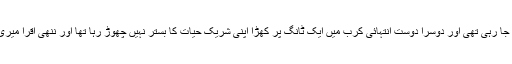
وہ دن میری زندگی کا شائد دوسرا بدترین دن تھا ، میری ایک دوست جا رہی تھی اور دوسرا دوست انتہائی کرب میں ایک ٹانگ پر کھڑا اپنی شریکِ حیات کا بستر نہیں چھوڑ رہا تھا اور ننھی اقرا میری ٹانگوں کے ساتھ چپکی اس منظر سے دور بھاگ جانا چا ہتی تھی ۔